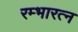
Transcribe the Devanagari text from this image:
रम्भारत्न